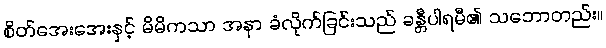
စိတ်အေးအေးနှင့် မိမိကသာ အနာ ခံလိုက်ခြင်းသည် ခန္တီပါရမီ၏ သဘောတည်း။